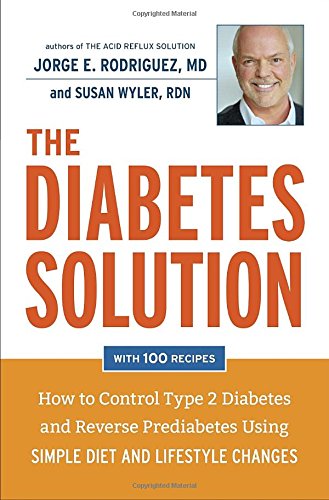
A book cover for The Diabetes Solution: How to Control Type 2 Diabetes and Reverse Prediabetes Using Simple Diet and Lifestyle Changes--with 100 recipes; Dr. Jorge E. Rodriguez; Cookbooks, Food & Wine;